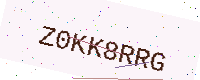
Text: Z0KK8RRG